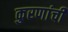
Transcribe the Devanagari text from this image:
कुरणांची